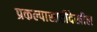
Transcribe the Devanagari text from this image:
प्रकल्पासाठीदेखील